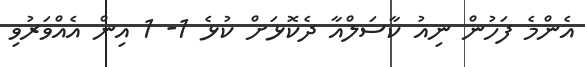
އެންމެ ފަހުން ނިއު ކާސަލްއާ ދެކޮޅަށް ކުޅެ 1- 1 އިން އެއްވަރުވި